Sketch of the medical history of the native army of Bombay, for the year
Year: 1872
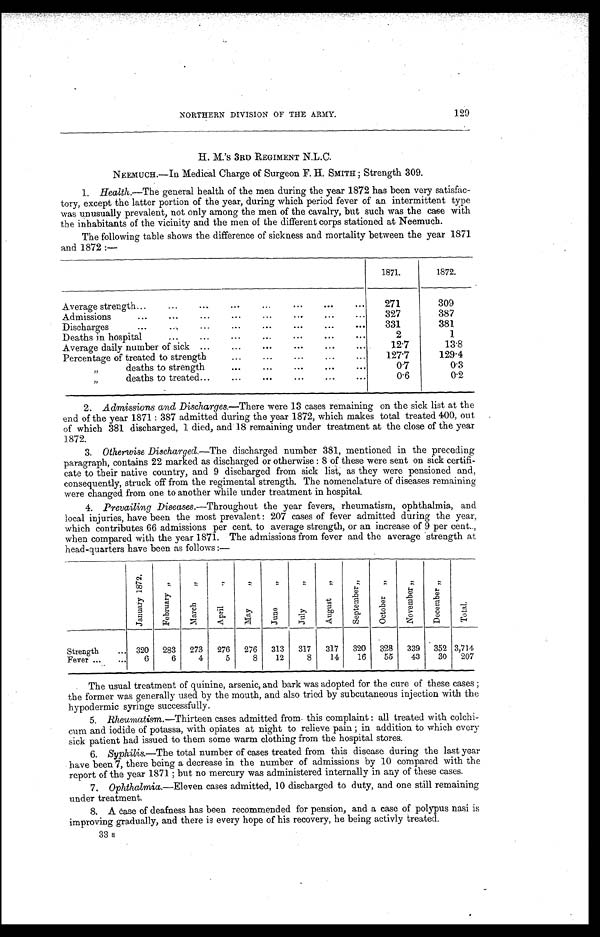
NORTHERN DIVISION OF THE ARMY.
129
H. M.'s 3RD REGIMENT N.L.C.
NEEMUCH.—In Medical Charge of Surgeon F. H. SMITH ; Strength 309.
1. Health.— The general health of the men during the year 1872 has been very satisfac
- t o r y , e x c e p t t h e l a t t e r p o r t i o n o f t h e y e a r , d u r i n g w h i c h p e r i o d f e v e r o f a n i n t e r m i t t e n t t y p e
was unusually prevalent, not only among the men of the cavalry, but such was the case with
the inhabitants of the vicinity and the men of the different corps stationed at Neemuch.
The following table shows the difference of sickness and mortality between the year 1871
and 1872 :—
1871.
1872.
Average strength . . .
2 7 1
309
Admissions
.
.
.
327
387
Discharges
.
.
.
331
381
Deaths in hospital . . .
2
1
Average daily number of sick . . .
12.7
13.8
Percentage of treated to strength . . .
127.7
129.4
" d e a t h s t o s t r e n g t h . . .
0.7
0.3
" deaths to treated . . .
0.6
0.2
2. Admissions and Discharges.— There were 13 cases remaining on the sick list at the
end of the year 1871: 387 admitted during the year 1872, which makes total treated 400, out
of which 381 discharged, 1 died, and 18 remaining under treatment at the close of the year
1872.
3. Otherwise Discharged.— The discharged number 381, mentioned in the preceding
paragraph, contains 22 marked as discharged or otherwise : 8 of these were sent on sick certifi
- c a t e t o t h e i r n a t i v e c o u n t r y , a n d 9 d i s c h a r g e d f r o m s i c k l i s t , a s t h e y w e r e p e n s i o n e d a n d ,
consequently, struck off from the regimental strength. The nomenclature of diseases remaining
were changed from one to another while under treatment in hospital.
4. Prevailing Diseases .—Throughout the year fevers, rheumatism, ophthalmia, and
local injuries, have been the most prevalent : 207 cases of fever admitted during the year,
which contributes 66 admissions per cent, to average strength, or an increase of 9 per cent,
when compared with the year 1871. The admissions from fever and the average strength at
head-quarters have been as follows :—
J a n u a r y 1 8 7 2 .
F e b r u a r y "
M a r c h "
A p r i l "
M a y "
J u n e "
J u l y "
A u g u s t "
S e p t e m b e r "
O c t o b e r "
N o v e m b e r "
D e c e m b e r "
T o t a l .
Strength . . . 320
283
273
276
276
313
317
317
320
328
339
352 3 , 7 1 4
Fever . . .
6
6
4
5
8
12
8
14
16
55
43
30
207
The usual treatment of quinine, arsenic, and bark was adopted for the cure of these cases ;
the former was generally used by the mouth, and also tried by subcutaneous injection with the
hypodermic syringe successfully.
5. Rheumatism .—Thirteen cases admitted from. this complaint : all treated with colchi
- c u m a n d i o d i d e o f p o t a s s a , w i t h o p i a t e s a t n i g h t t o r e l i e v e p a i n ; i n a d d i t i o n t o w h i c h e v e r y
sick patient had issued to them some warm clothing from the hospital stores.
6. Syphilis.— The total number of cases treated from this disease during the last year
have been 7, there being a decrease in the number of admissions by 10 compared with the
report of the year 1871 ; but no mercury was administered internally in any of these cases.
7. Ophthalmia.—Eleven cases admitted, 10 discharged to duty, and one still remaining
under treatment.
8. A case of deafness has been recommended for pension, and a case of polypus nasi is
improving gradually, and there is every hope of his recovery, he being activly treated.
33 s